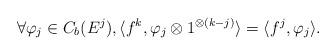
LaTeX: \begin{align*}\label[Ieq]{eq:compatibilitymeasures} \forall \varphi_j\in C_b(E^j),\langle f^k,\varphi_j\otimes 1^{\otimes (k-j)}\rangle = \langle f^j,\varphi_j\rangle. \end{align*}